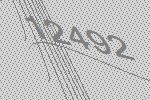
12492